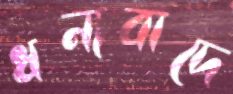
ধন্যবাদে